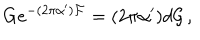
G e ^ { - ( 2 \pi \alpha ^ { \prime } ) { \cal F } } = ( 2 \pi \alpha ^ { \prime } ) d { \cal G } \, ,